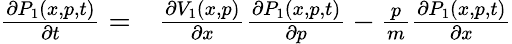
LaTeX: \begin{array}{rl}{\frac{\partial P_{1}(x,p,t)}{\partial t}=}&{{}\frac{\partial V_{1}(x,p)}{\partial x}\frac{\partial P_{1}(x,p,t)}{\partial p}-\frac{p}{m}\frac{\partial P_{1}(x,p,t)}{\partial x}}\end{array}